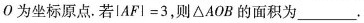
O为坐标原点。若$$lAFI=3$$，则\triangle AOB的面积为___